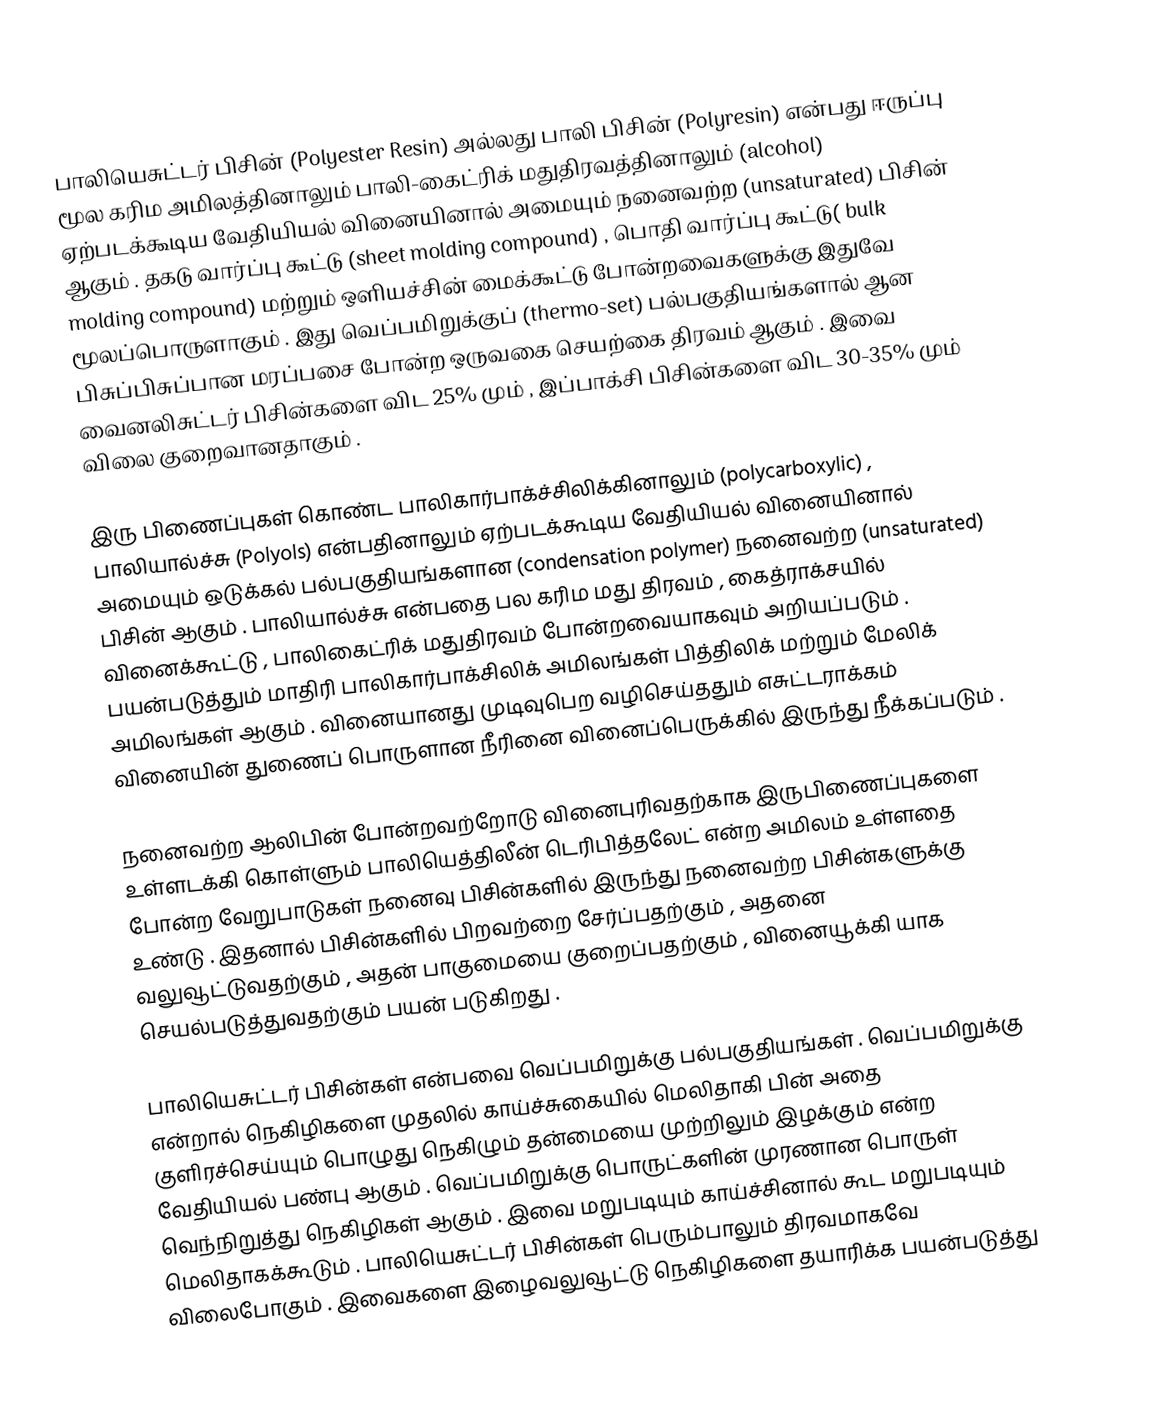
பாலியெசுட்டர் பிசின் (Polyester Resin) அல்லது பாலி பிசின் (Polyresin) என்பது ஈருப்பு மூல கரிம அமிலத்தினாலும் பாலி-கைட்ரிக் மதுதிரவத்தினாலும் (alcohol)  ஏற்படக்கூடிய வேதியியல் வினையினால் அமையும் நனைவற்ற (unsaturated) பிசின் ஆகும் . தகடு வார்ப்பு கூட்டு (sheet  molding compound) , பொதி வார்ப்பு கூட்டு( bulk molding compound) மற்றும் ஒளியச்சின் மைக்கூட்டு போன்றவைகளுக்கு  இதுவே மூலப்பொருளாகும் . இது வெப்பமிறுக்குப் (thermo-set) பல்பகுதியங்களால் ஆன பிசுப்பிசுப்பான மரப்பசை போன்ற ஒருவகை செயற்கை திரவம் ஆகும் . இவை வைனலிசுட்டர் பிசின்களை விட 25% மும் , இப்பாக்சி பிசின்களை விட 30-35% மும் விலை குறைவானதாகும் .

இரு பிணைப்புகள் கொண்ட பாலிகார்பாக்ச்சிலிக்கினாலும் (polycarboxylic) , பாலியால்ச்சு (Polyols) என்பதினாலும் ஏற்படக்கூடிய வேதியியல் வினையினால் அமையும் ஒடுக்கல் பல்பகுதியங்களான (condensation polymer) நனைவற்ற (unsaturated) பிசின் ஆகும் . பாலியால்ச்சு என்பதை  பல கரிம மது திரவம்  , கைத்ராக்சயில் வினைக்கூட்டு , பாலிகைட்ரிக் மதுதிரவம் போன்றவையாகவும் அறியப்படும் . பயன்படுத்தும் மாதிரி பாலிகார்பாக்சிலிக் அமிலங்கள் பித்திலிக் மற்றும் மேலிக் அமிலங்கள் ஆகும் . வினையானது முடிவுபெற வழிசெய்ததும்  எசுட்டராக்கம் வினையின் துணைப் பொருளான நீரினை வினைப்பெருக்கில் இருந்து நீக்கப்படும் .

நனைவற்ற ஆலிபின் போன்றவற்றோடு வினைபுரிவதற்காக இருபிணைப்புகளை உள்ளடக்கி கொள்ளும் பாலியெத்திலீன் டெரிபித்தலேட் என்ற அமிலம் உள்ளதை போன்ற வேறுபாடுகள் நனைவு பிசின்களில் இருந்து நனைவற்ற பிசின்களுக்கு உண்டு . இதனால் பிசின்களில் பிறவற்றை சேர்ப்பதற்கும் , அதனை வலுவூட்டுவதற்கும் , அதன் பாகுமையை குறைப்பதற்கும் , வினையூக்கி யாக செயல்படுத்துவதற்கும் பயன் படுகிறது .

பாலியெசுட்டர் பிசின்கள் என்பவை வெப்பமிறுக்கு பல்பகுதியங்கள் . வெப்பமிறுக்கு என்றால் நெகிழிகளை முதலில் காய்ச்சுகையில் மெலிதாகி பின் அதை குளிரச்செய்யும் பொழுது நெகிழும் தன்மையை முற்றிலும் இழக்கும் என்ற வேதியியல் பண்பு ஆகும் . வெப்பமிறுக்கு பொருட்களின் முரணான பொருள் வெந்நிறுத்து நெகிழிகள் ஆகும் . இவை மறுபடியும் காய்ச்சினால் கூட மறுபடியும் மெலிதாகக்கூடும் . பாலியெசுட்டர் பிசின்கள் பெரும்பாலும் திரவமாகவே விலைபோகும் . இவைகளை இழைவலுவூட்டு நெகிழிகளை தயாரிக்க பயன்படுத்து